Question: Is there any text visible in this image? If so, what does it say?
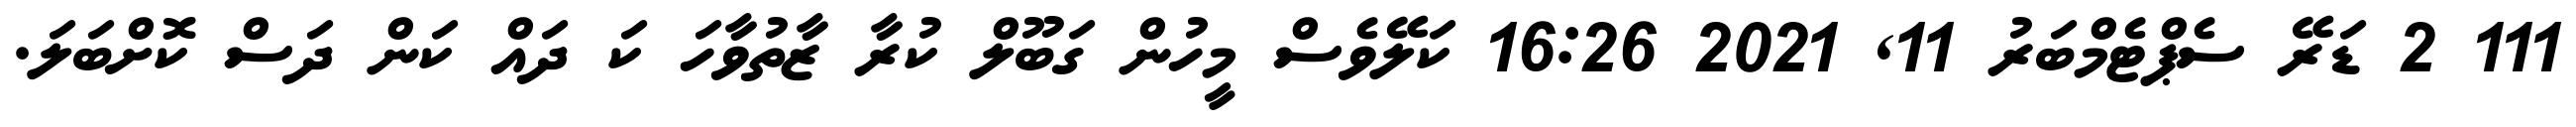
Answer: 111 2 ޑަރޭ ސެޕްޓެމްބަރު 11, 2021 16:26 ކަލޭވެސް މީހުން ގަބޫލް ކުރާ ޒާތުވާހަ ކަ ދައް ކަން ދަސް ކޮށްބަލަ.